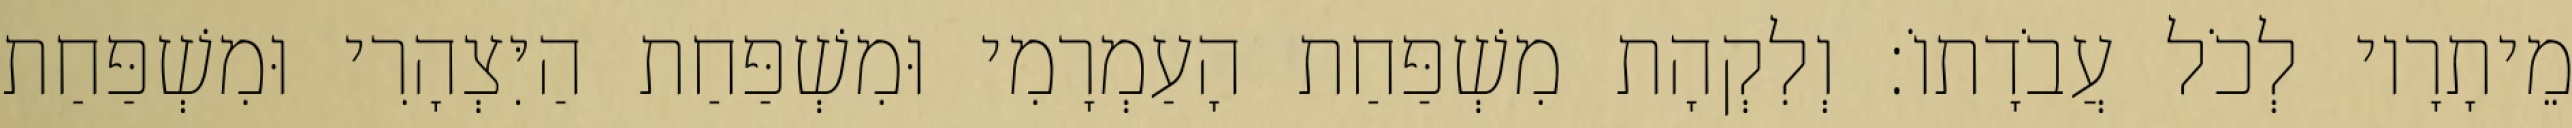
מֵיתָרָיו לְכֹל עֲבֹדָתוֹ׃ וְלִקְהָת מִשְׁפַּחַת הָעַמְרָמִי וּמִשְׁפַּחַת הַיִּצְהָרִי וּמִשְׁפַּחַת